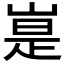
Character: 𪩃